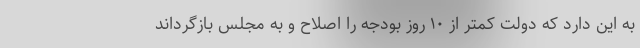
به این دارد که دولت کمتر از ۱۰ روز بودجه را اصلاح و به مجلس بازگرداند